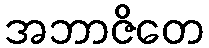
အဘာဇိတေ